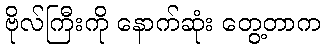
ဗိုလ်ကြီးကို နောက်ဆုံး တွေ့တာက